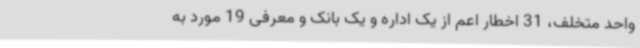
واحد متخلف، 31 اخطار اعم از یک اداره و یک بانک و معرفی 19 مورد به